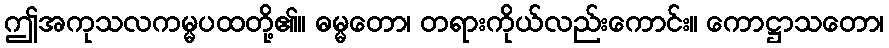
ဤအကုသလကမ္မပထတို့၏။ ဓမ္မတော၊ တရားကိုယ်လည်းကောင်း။ ကောဋ္ဌာသတော၊